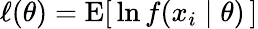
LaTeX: \ell(\theta)=\operatorname{E}[\, \ln f(x_{i}\mid\theta)\, ]